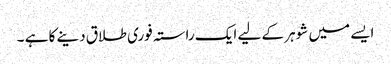
ایسے میں شوہر کے لیے ایک راستہ فوری طلاق دینے کا ہے ۔